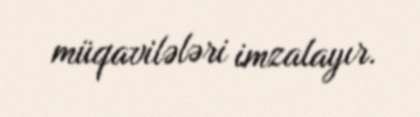
müqavilələri imzalayır.